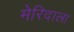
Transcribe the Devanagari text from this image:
मेरिदाला